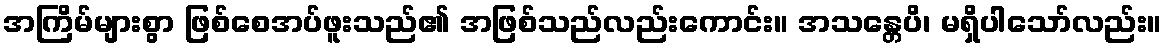
အကြိမ်များစွာ ဖြစ်စေအပ်ဖူးသည်၏ အဖြစ်သည်လည်းကောင်း။ အသန္တေပိ၊ မရှိပါသော်လည်း။